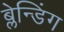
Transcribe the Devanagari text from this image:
ब्लेन्डिंग